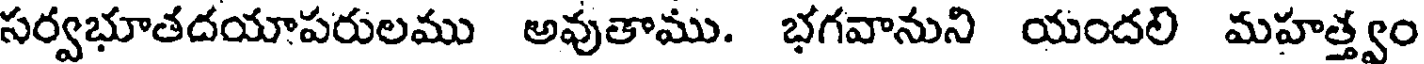
సర్వభూతదయాపరులము అవుతాము. భగవానుని యందలి మహత్త్వం